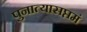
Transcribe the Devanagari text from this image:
पुनात्यासप्तमं